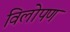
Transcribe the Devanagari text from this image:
विलोपण